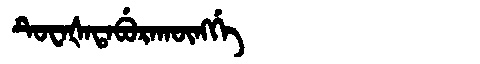
Manchu: ᡨᡠᠸᠠᡧᠠᡨᠠᠪᡠᡵᠠᡴᡡᠩᡤᡝ
Romanization: TUWAŠATABURAKŪNGGE